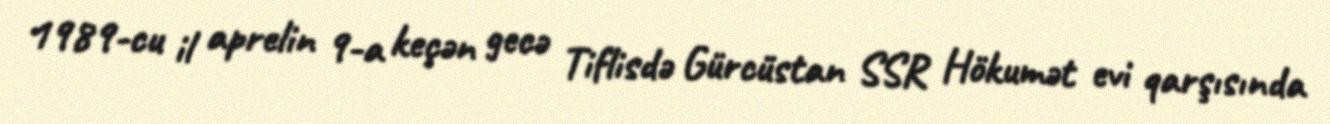
1989-cu il aprelin 9-a keçən gecə Tiflisdə Gürcüstan SSR Hökumət evi qarşısında